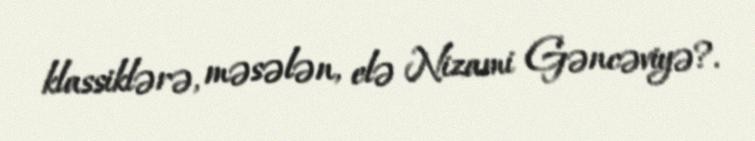
klassiklərə, məsələn, elə Nizami Gəncəviyə?.